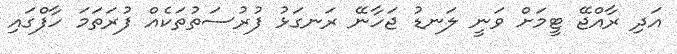
އަދި ރާއްޖޭ ޓީމަށް ވަނީ ލަނޑު ޖަހާނޭ ރަނގަޅު ފުރުސަތުތަކެއް ފުރަތަމަ ހާފްގައި